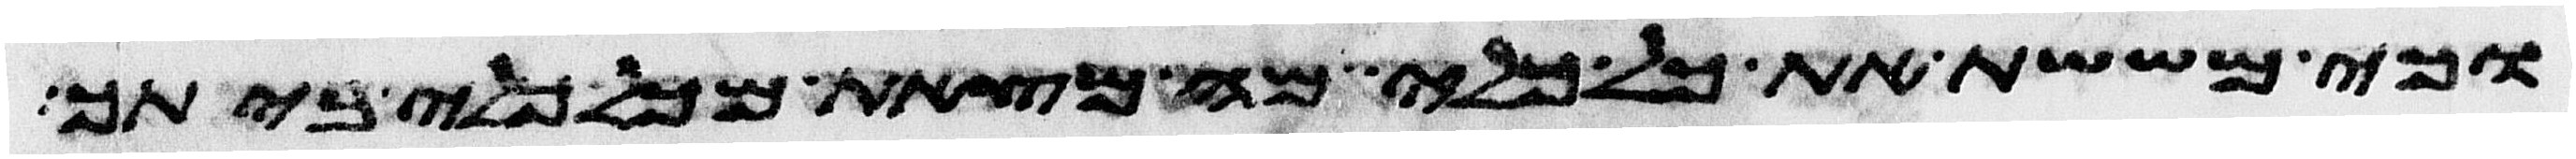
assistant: וכי מששת את כל כלי מה מצאת מכל כלי ביתך